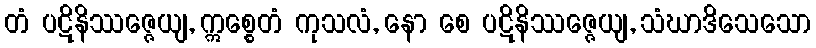
တံ ပဋိနိဿဇ္ဇေယျ, ဣစ္စေတံ ကုသလံ, နော စေ ပဋိနိဿဇ္ဇေယျ, သံဃာဒိသေသော